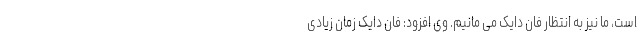
است، ما نیز به انتظار فان دایک می مانیم. وی افزود: فان دایک زمان زیادی